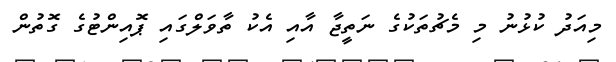
މިއަދު ކުޅުނު މި މެޗުތަކުގެ ނަތީޖާ އާއި އެކު ތާވަލްގައި ޕޮއިންޓުގެ ގޮތުން